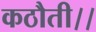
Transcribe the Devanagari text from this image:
कठौती।।